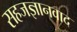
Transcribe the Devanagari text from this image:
सहजज्ञानवाद